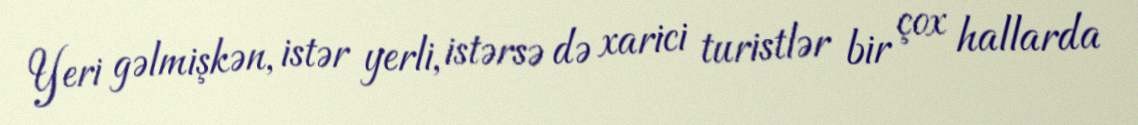
Yeri gəlmişkən, istər yerli, istərsə də xarici turistlər bir çox hallarda